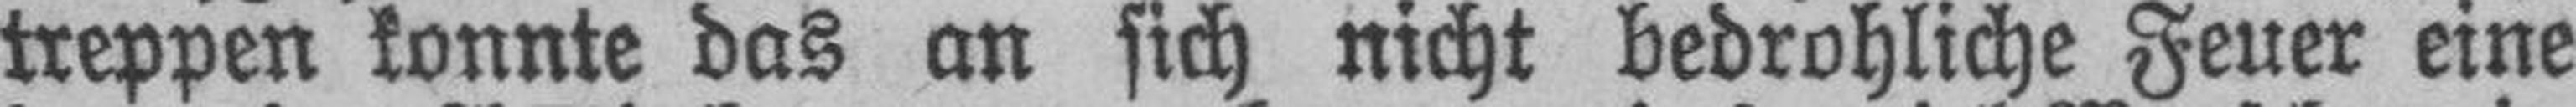
treppen konnte das an sich nicht bedrohliche Feuer eine